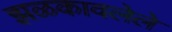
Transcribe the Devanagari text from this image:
झळकावलेले